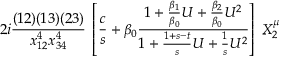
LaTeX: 2 i { \frac { ( 1 2 ) ( 1 3 ) ( 2 3 ) } { x _ { 1 2 } ^ { 4 } x _ { 3 4 } ^ { 4 } } } \; \left[ { \frac { c } { s } } + \beta _ { 0 } { \frac { 1 + { \frac { \beta _ { 1 } } { \beta _ { 0 } } } U + { \frac { \beta _ { 2 } } { \beta _ { 0 } } } U ^ { 2 } } { 1 + { \frac { 1 + s - t } { s } } U + { \frac { 1 } { s } } U ^ { 2 } } } \right] \; X _ { 2 } ^ { \mu }